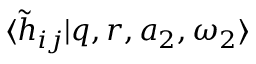
\langle \tilde { h } _ { i j } | q , r , a _ { 2 } , \omega _ { 2 } \rangle